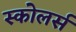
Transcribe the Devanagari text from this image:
स्कोलर्स